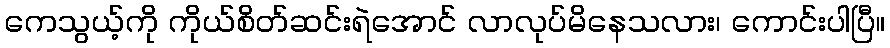
ကေသွယ့်ကို ကိုယ်စိတ်ဆင်းရဲအောင် လာလုပ်မိနေသလား၊ ကောင်းပါပြီ။